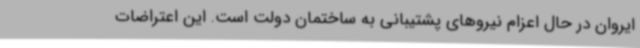
ایروان در حال اعزام نیروهای پشتیبانی به ساختمان دولت است. این اعتراضات